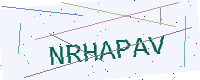
Text: NRHAPAV